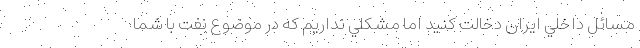
مسائل داخلي ايران دخالت كنيد اما مشكلي نداريم كه در موضوع نفت با شما